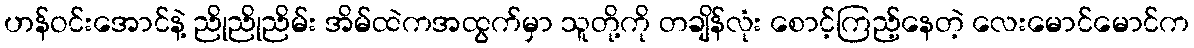
ဟန်ဝင်းအောင်နဲ့ ညိုညိုညိမ်း အိမ်ထဲကအထွက်မှာ သူတို့ကို တချိန်လုံး စောင့်ကြည့်နေတဲ့ လေးမောင်မောင်က